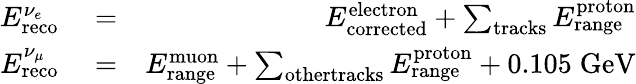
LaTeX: \begin{array}{rlr}{E_{\textrm{reco}}^{\nu_{e}}}&{{}=}&{E_{\textrm{corrected}}^{\textrm{electron}}+\sum_{\textrm{tracks}}E_{\textrm{range}}^{\textrm{proton}}}\\ {E_{\textrm{reco}}^{\nu_{\mu}}}&{{}=}&{E_{\textrm{range}}^{\textrm{muon}}+\sum_{\textrm{othertracks}}E_{\textrm{range}}^{\textrm{proton}}+0.105\; \textrm{GeV}}\end{array}